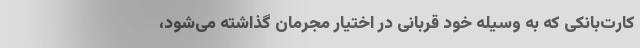
کارت‌بانکی که به وسیله خود قربانی در اختیار مجرمان گذاشته می‌شود،